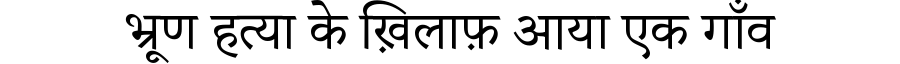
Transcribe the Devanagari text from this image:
भ्रूण हत्या के ख़िलाफ़ आया एक गाँव